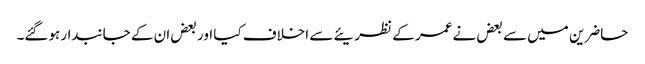
حاضرین میں سے بعض نے عمر کے نظریئے سے اخلاف کیا اور بعض ان کے جانبدار ہوگئے۔